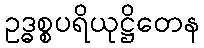
ဥဒ္ဓစ္စပရိယုဋ္ဌိတေန